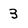
Character: 3